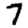
Digit: 7